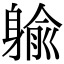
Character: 䠼